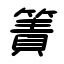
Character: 簀